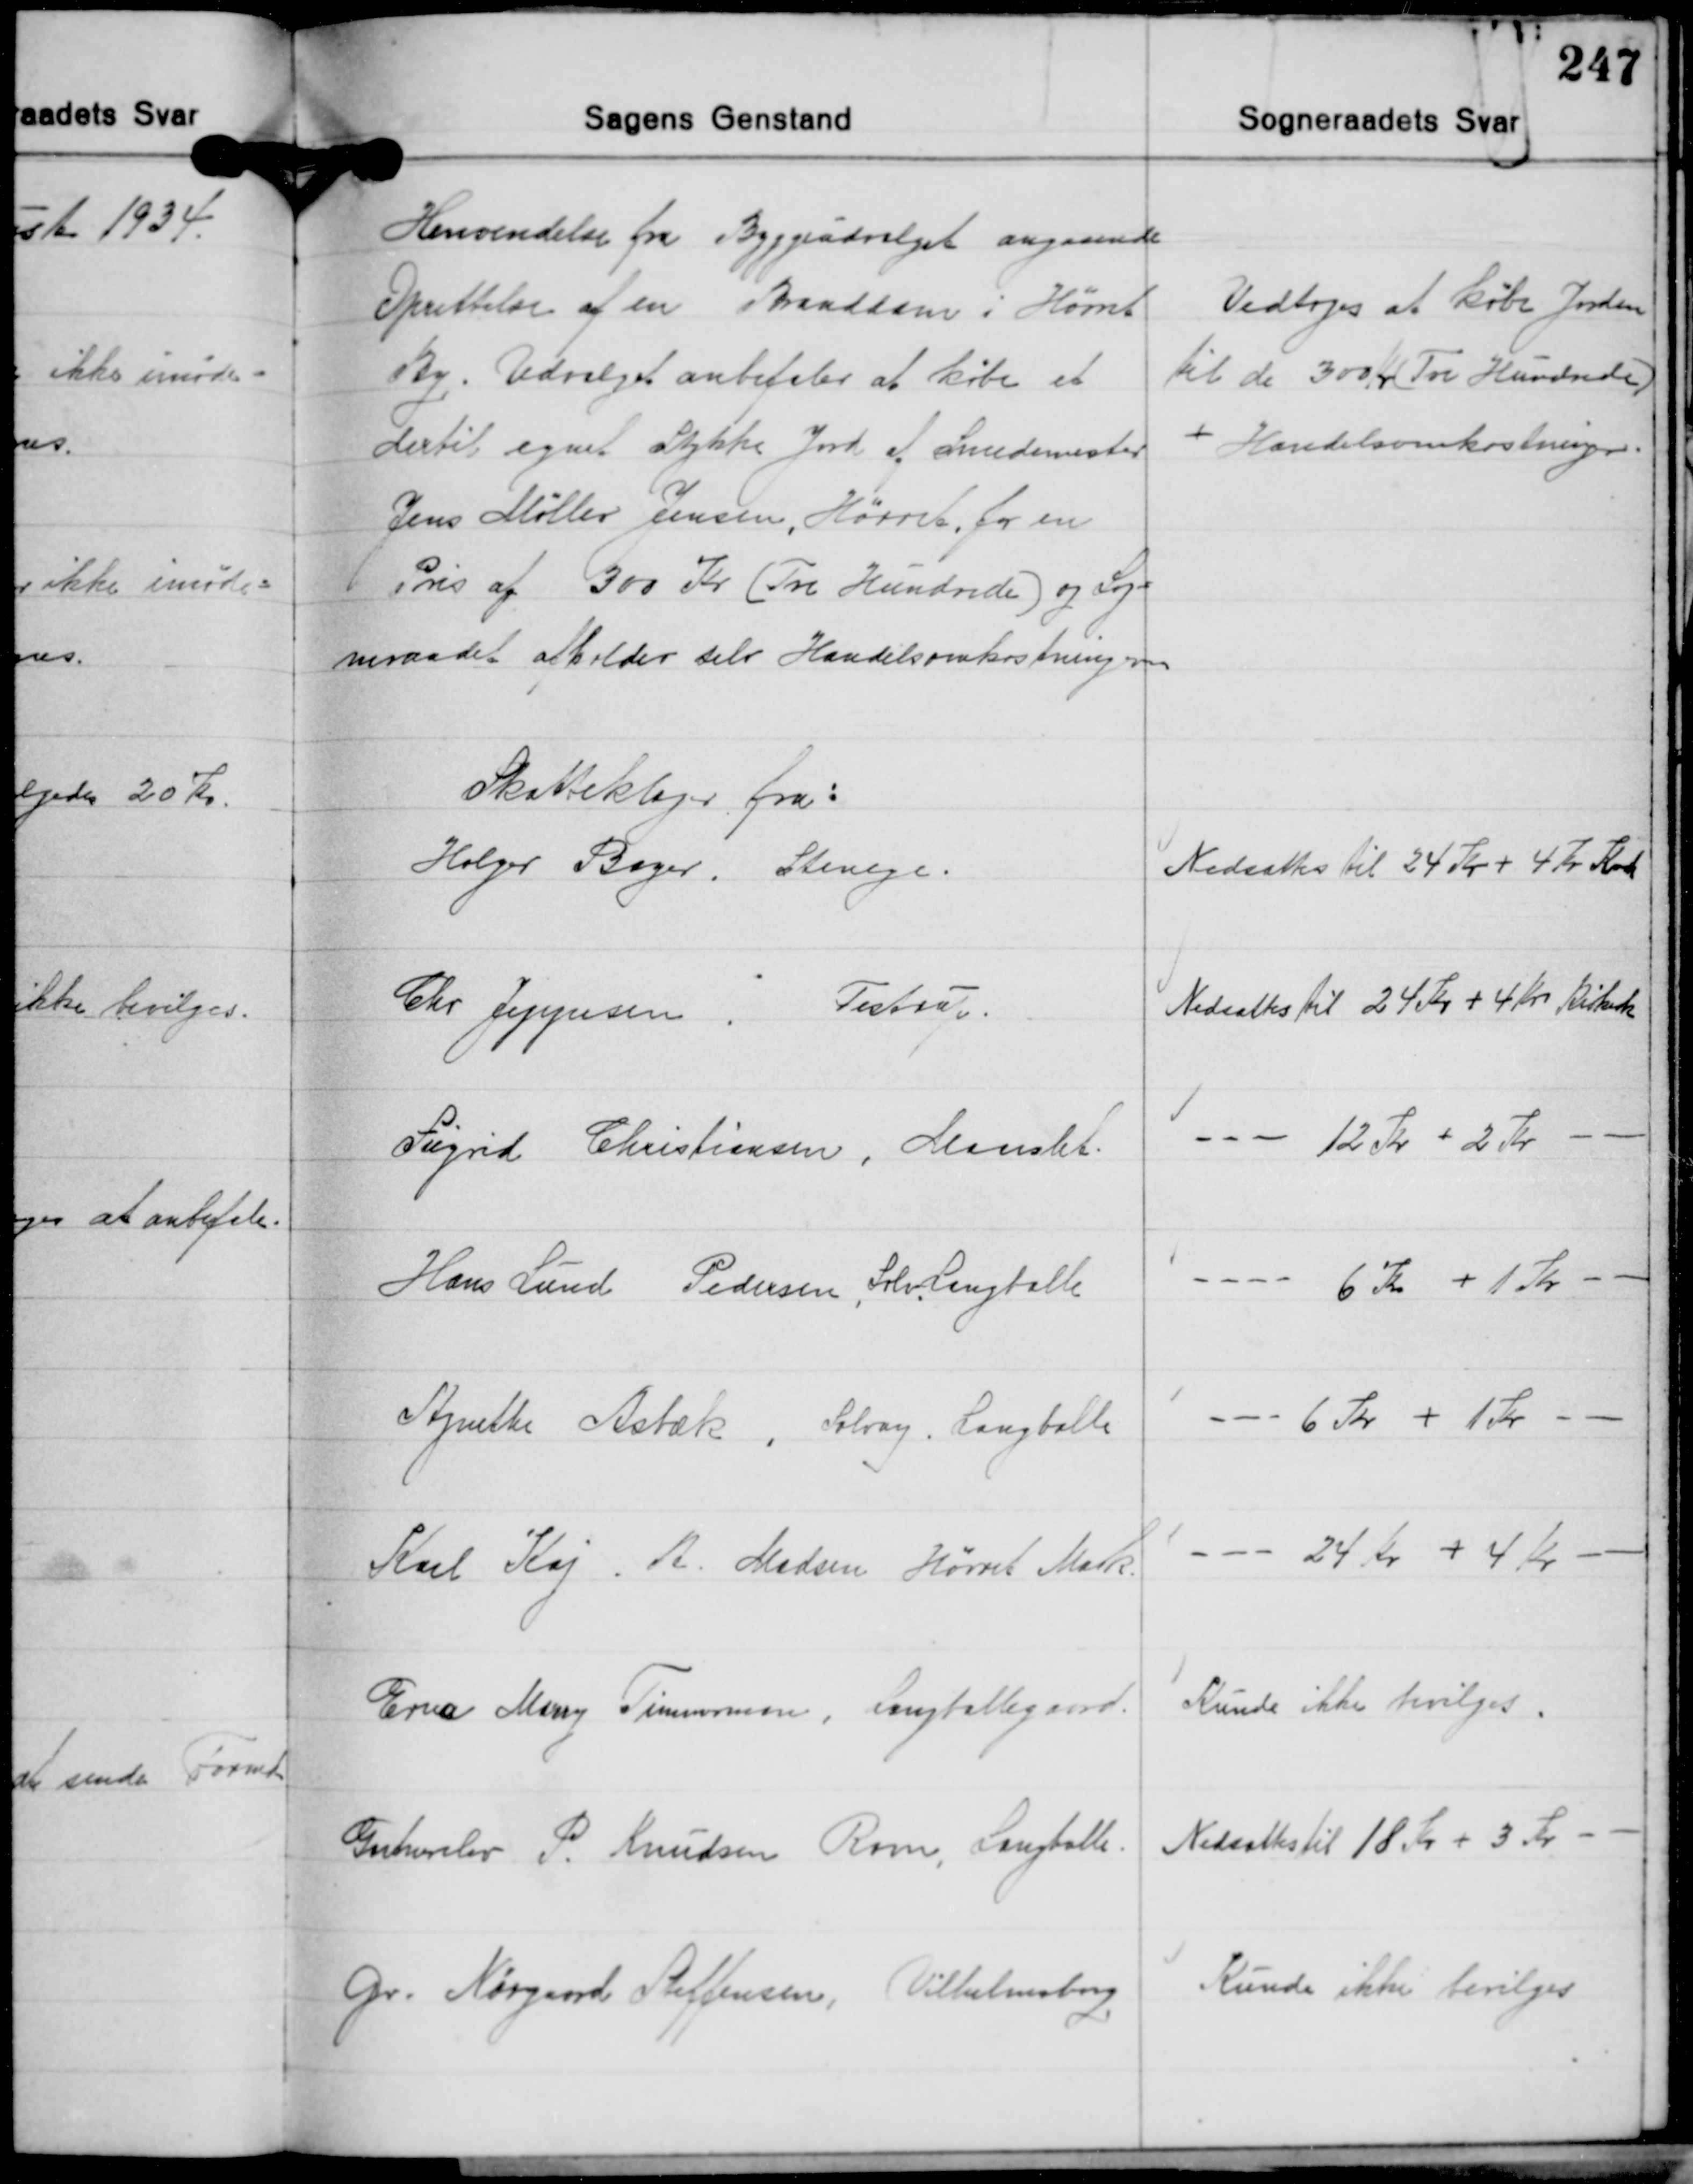
Transskription:
Henvendelse fra Byggeudvalget angaaende
Oprettelse af en Branddam i Hørret
By. Udvalget anbefaler at købe et
dertil egnet Stykke Jord af Smedemester
Jens Møller Jensen, Hørret, for en
Pris af 300 Kr. (Tre Hundrede) og Sog-
neraadet afholder selv Handelsomkostningerne

Vedtoges at købe Jorden
til de 300 Kr. (Tre Hundrede)
+ Handelsomkostninger.

Skatteklager fra
Holger Bager. Stenege.

Nedsættes til 24 Kr. + 4 Kr. Kirkeskat

Chr. Jeppesen Testrup.

Nedsattes til 24 Kr. + 4 Kr. Kirkeskat

Sigrid Christiansen, Maarslet.

- - - 12 Kr. + 2 Kr -

Hans Lund Pedersen Solv. Langballe

- - 6 Kr. + 1 Kr. -

Agnethe Asbæk, Solvang Langballe

- - 6 Kr. + 1 Kr. -

Karl Kaj A. Madsen Hørret Mark.

- - 24 Kr. + 4 Kr. -

Erna Marry Timmerman, Langballegaard.

Kunde ikke bevilges.

Gartnerelev P. Knudsen Rom, Langballe

Nedsattes til 18 Kr. + 3 Kr. -

Gr. Nørgaard Steffensen, Vilhelmsborg

Kunde ikke bevilges